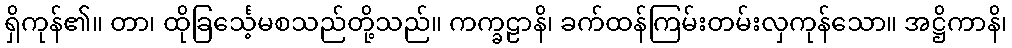
ရှိကုန်၏။ တာ၊ ထိုခြင်္သေ့မစသည်တို့သည်။ ကက္ခဠာနိ၊ ခက်ထန်ကြမ်းတမ်းလှကုန်သော။ အဋ္ဌိကာနိ၊